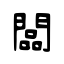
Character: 闆